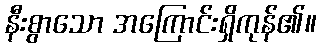
နီးစွာသော အကြောင်းရှိကုန်၏။